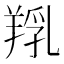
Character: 𦎞